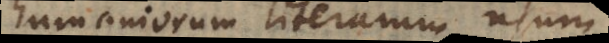
humaniorum literarum usum